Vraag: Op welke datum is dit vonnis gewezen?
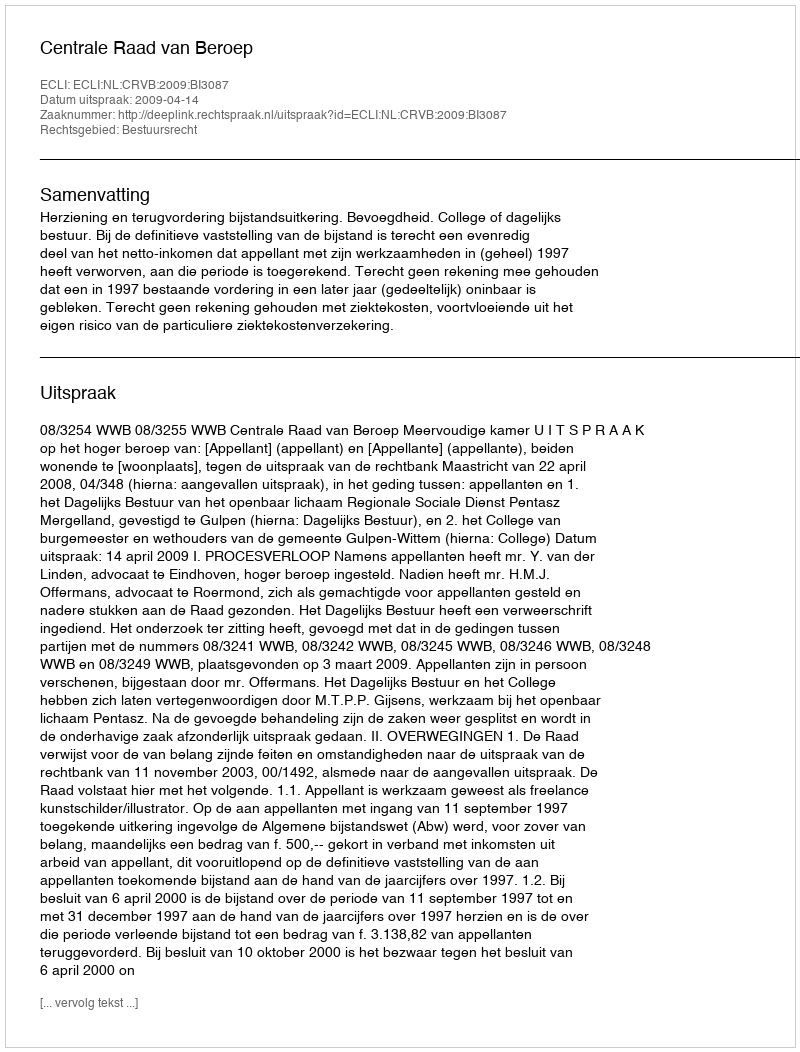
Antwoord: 2009-04-14